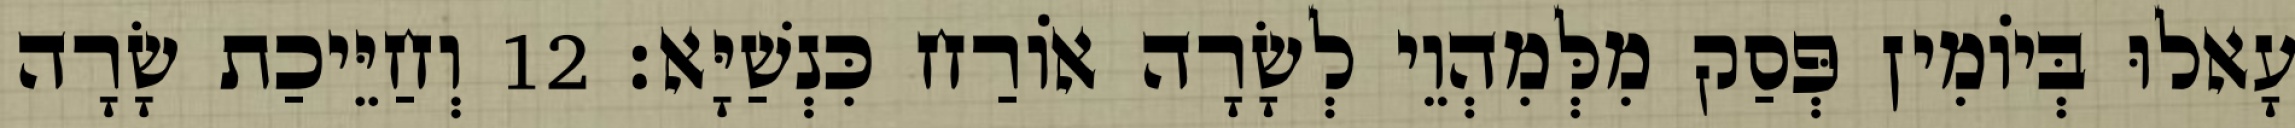
עָאלוּ בְּיוֹמִין פְּסַק מִלְּמִהְוֵי לְשָׂרָה אוֹרַח כִּנְשַׁיָּא׃ 12 וְחַיֵּיכַת שָׂרָה